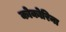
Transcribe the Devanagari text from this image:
कोकोरिना